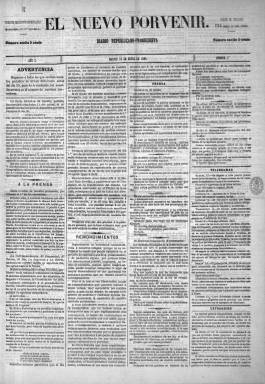
Título: El Nuevo porvenir
Colección: Periódicos
Ámbito geográfico: Madrid
Lugar de publicación: Madrid
Fechas: 15/01/1887-29/01/1887